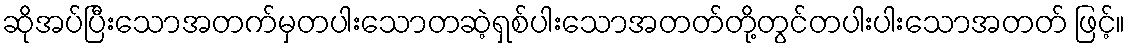
ဆိုအပ်ပြီးသောအတက်မှတပါးသောတဆဲ့ရှစ်ပါးသောအတတ်တို့တွင်တပါးပါးသောအတတ် ဖြင့်။